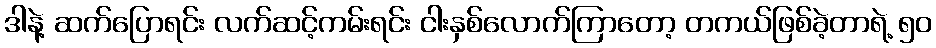
ဒါနဲ့ ဆက်ပြောရင်း လက်ဆင့်ကမ်းရင်း ငါးနှစ်လောက်ကြာတော့ တကယ်ဖြစ်ခဲ့တာရဲ့ ၅၀